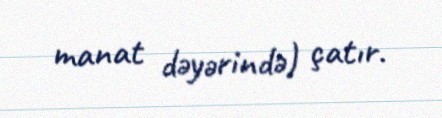
manat dəyərində) çatır.